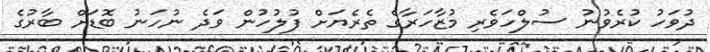
ދުވަހު ކުރެވުނު ސުލްހަވެރި މުޒާހަރާގެ ތެރެޔަށް ފުލުހުން ވަދެ ނުހަނު ބޮޑަށް ބާރުގެ